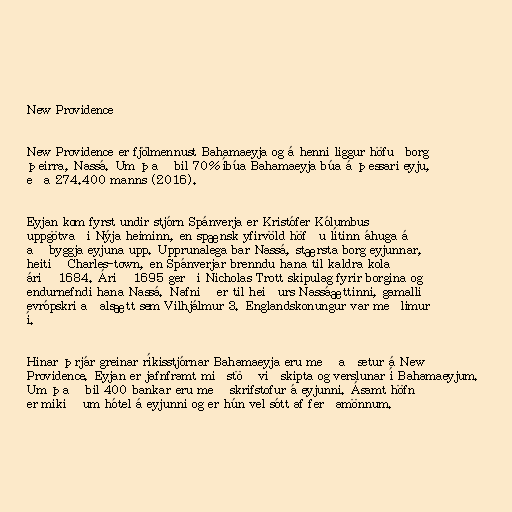
New Providence

New Providence er fjölmennust Bahamaeyja og á henni liggur höfuðborg
þeirra, Nassá. Um það bil 70% íbúa Bahamaeyja búa á þessari eyju,
eða 274.400 manns (2016).

Eyjan kom fyrst undir stjórn Spánverja er Kristófer Kólumbus
uppgötvaði Nýja heiminn, en spænsk yfirvöld höfðu lítinn áhuga á
að byggja eyjuna upp. Upprunalega bar Nassá, stærsta borg eyjunnar,
heitið Charles-town, en Spánverjar brenndu hana til kaldra kola
árið 1684. Árið 1695 gerði Nicholas Trott skipulag fyrir borgina og
endurnefndi hana Nassá. Nafnið er til heiðurs Nassáættinni, gamalli
evrópskri aðalsætt sem Vilhjálmur 3. Englandskonungur var meðlimur
í.

Hinar þrjár greinar ríkisstjórnar Bahamaeyja eru með aðsetur á New
Providence. Eyjan er jafnframt miðstöð viðskipta og verslunar í Bahamaeyjum.
Um það bil 400 bankar eru með skrifstofur á eyjunni. Ásamt höfn
er mikið um hótel á eyjunni og er hún vel sótt af ferðamönnum.